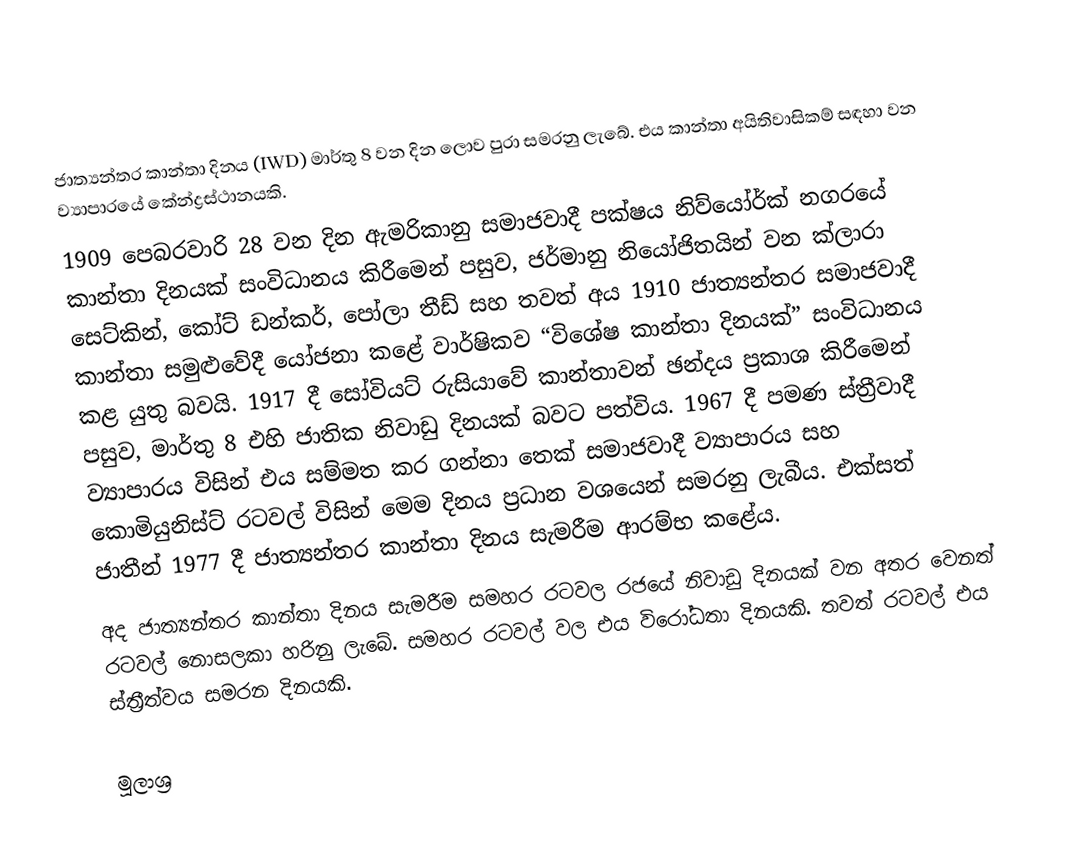
ජාත්‍යන්තර කාන්තා දිනය (IWD) මාර්තු 8 වන දින ලොව පුරා සමරනු ලැබේ. එය කාන්තා අයිතිවාසිකම් සඳහා වන ව්‍යාපාරයේ කේන්ද්‍රස්ථානයකි.
1909 පෙබරවාරි 28 වන දින ඇමරිකානු සමාජවාදී පක්ෂය නිව්යෝර්ක් නගරයේ කාන්තා දිනයක් සංවිධානය කිරීමෙන් පසුව, ජර්මානු නියෝජිතයින් වන ක්ලාරා සෙට්කින්, කෝට් ඩන්කර්, පෝලා තීඩ් සහ තවත් අය 1910 ජාත්‍යන්තර සමාජවාදී කාන්තා සමුළුවේදී යෝජනා කළේ වාර්ෂිකව “විශේෂ කාන්තා දිනයක්” සංවිධානය කළ යුතු බවයි. 1917 දී සෝවියට් රුසියාවේ කාන්තාවන් ඡන්දය ප්‍රකාශ කිරීමෙන් පසුව, මාර්තු 8 එහි ජාතික නිවාඩු දිනයක් බවට පත්විය. 1967 දී පමණ ස්ත්‍රීවාදී ව්‍යාපාරය විසින් එය සම්මත කර ගන්නා තෙක් සමාජවාදී ව්‍යාපාරය සහ කොමියුනිස්ට් රටවල් විසින් මෙම දිනය ප්‍රධාන වශයෙන් සමරනු ලැබීය. එක්සත් ජාතීන් 1977 දී ජාත්‍යන්තර කාන්තා දිනය සැමරීම ආරම්භ කළේය.
අද ජාත්‍යන්තර කාන්තා දිනය සැමරීම සමහර රටවල රජයේ නිවාඩු දිනයක් වන අතර වෙනත් රටවල් නොසලකා හරිනු ලැබේ. සමහර රටවල් වල එය විරෝධතා දිනයකි.  තවත් රටවල් එය ස්ත්‍රීත්වය සමරන දිනයකි.

මූලාශ්‍ර